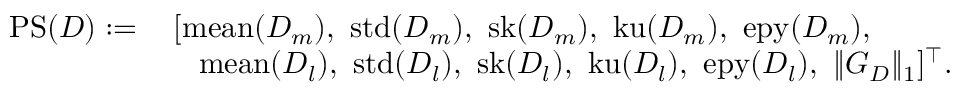
\begin{array} { r l } { \mathrm { P S } ( D ) : = } & { \, [ \mathrm { m e a n } ( D _ { m } ) , ~ \mathrm { s t d } ( D _ { m } ) , ~ \mathrm { s k } ( D _ { m } ) , ~ \mathrm { k u } ( D _ { m } ) , ~ \mathrm { e p y } ( D _ { m } ) , } \\ & { \quad \mathrm { m e a n } ( D _ { l } ) , ~ \mathrm { s t d } ( D _ { l } ) , ~ \mathrm { s k } ( D _ { l } ) , ~ \mathrm { k u } ( D _ { l } ) , ~ \mathrm { e p y } ( D _ { l } ) , ~ \| G _ { D } \| _ { 1 } ] ^ { \top } . } \end{array}